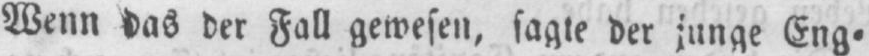
Wenn das der Fall gewesen, sagte der junge Eng⸗